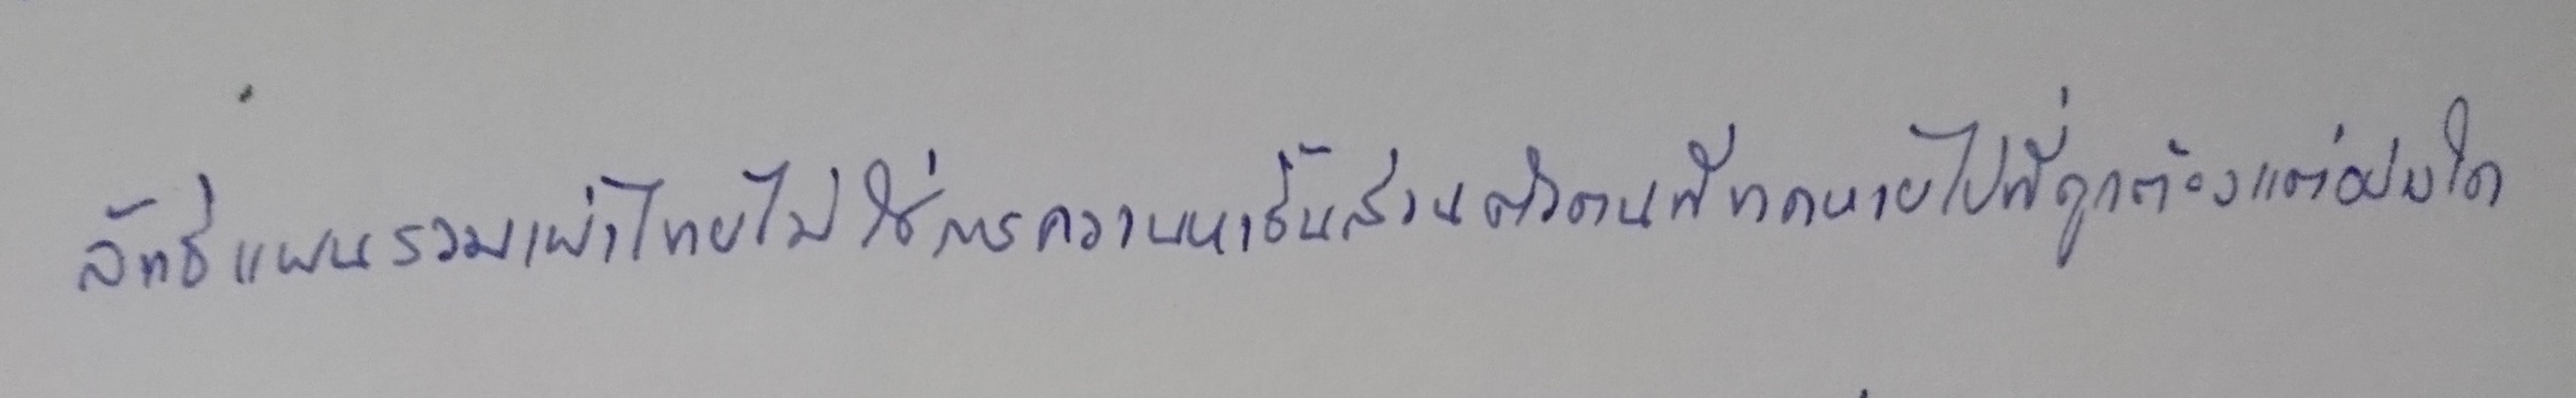
ลัทธิแผนรวมเผ่าไทยไม่ใช่การควานหาชิ้นส่วนตัวตนที่ขาดหายไปที่ถูกต้องแต่อย่างใด